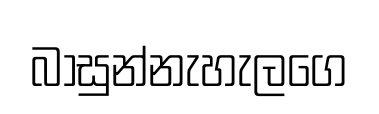
බාසුන්නැහැලගෙ